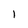
Character: I